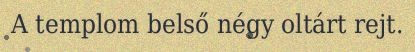
A templom belső négy oltárt rejt.